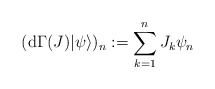
\begin{align*}(\mathrm{d}\Gamma(J)|\psi\rangle)_n:=\sum_{k=1}^nJ_k\psi_n\end{align*}